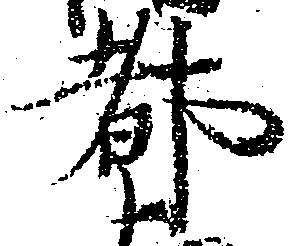
都